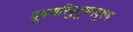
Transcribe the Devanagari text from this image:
दूषणरिपुदूषणदूषण